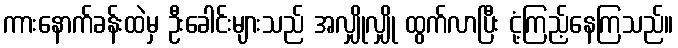
ကားနောက်ခန်းထဲမှ ဦးခေါင်းများသည် အလျှိုလျှို ထွက်လာပြီး ငုံ့ကြည့်နေကြသည်။